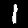
Label: 1